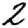
Digit: 2